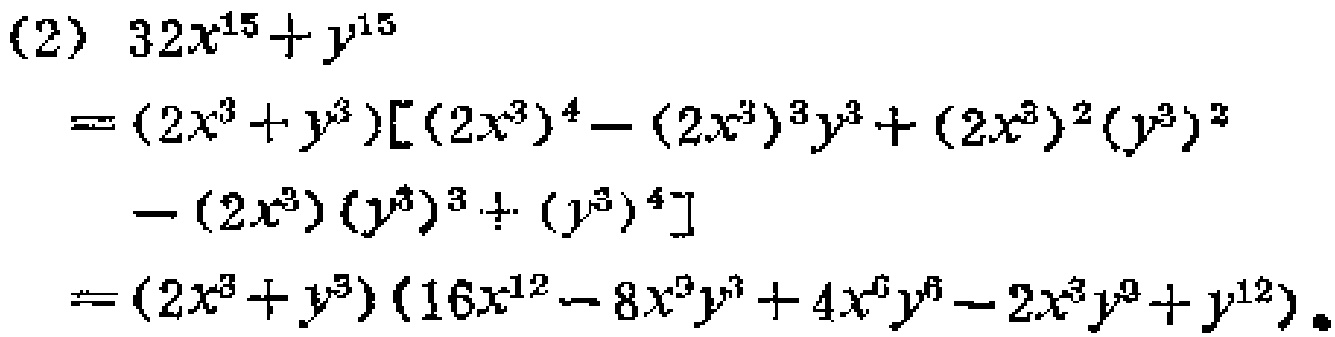
\begin{align*}
&(2)\ 32x^{15}+y^{15}\\
=&(2x^{3}+y^{3})[(2x^{3})^{4}-(2x^{3})^{3}y^{3}+(2x^{3})^{2}(y^{3})^{2}-(2x^{3})(y^{3})^{3}+(y^{3})^{4}]\\
=&(2x^{3}+y^{3})(16x^{12}-8x^{9}y^{3}+4x^{6}y^{6}-2x^{3}y^{9}+y^{12})
\end{align*}